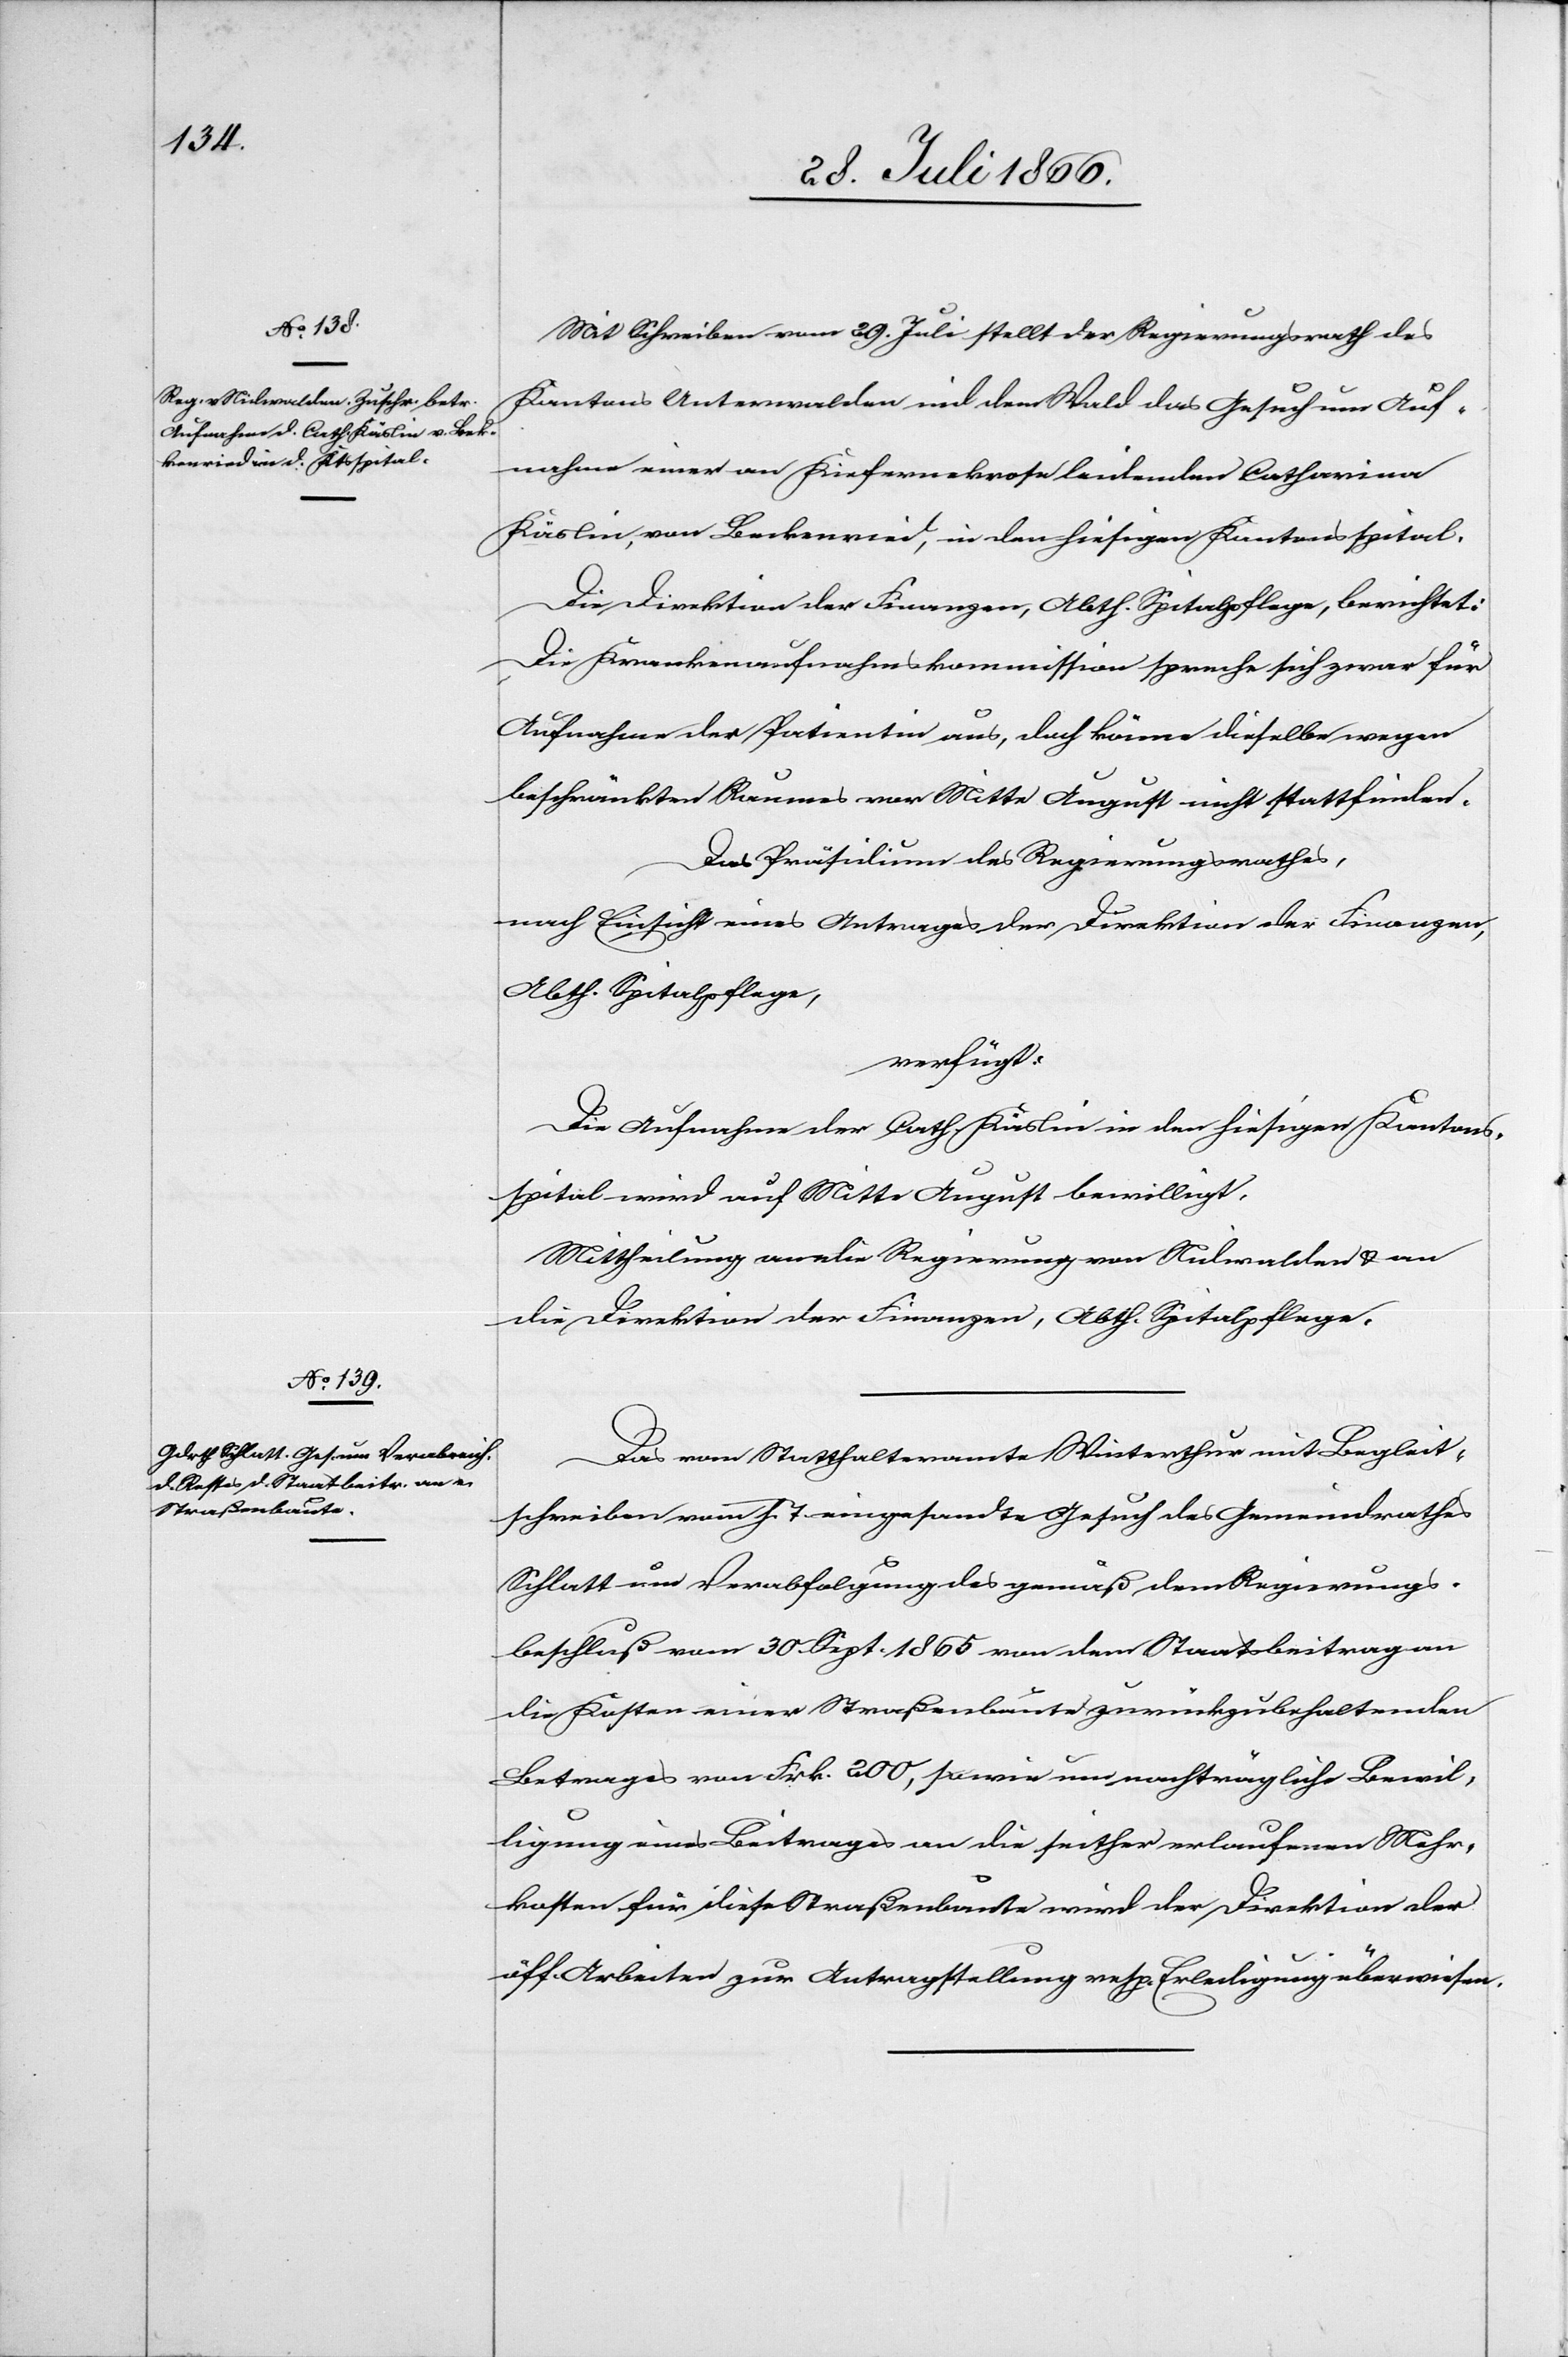
Mit Schreiben vom 29. Juli stellt der Regierungsrath des
Kantons Unterwalden nid dem Wald das Gesuch um Auf¬
nahme einer an Kiefernekrose leidenden Catharina
Küblin, von Beckenried, in den hiesigen Kantonsspital.
Die Direktion der Finanzen, Abth. Spitalpflege, berichtet:
Die Krankenaufnahmekommission spreche sich zwar für
Aufnahme der Patientin aus, doch könne dieselbe wegen
beschränkten Raumes vor Mitte August nicht stattfinden.
Das Präsidium des Regierungsrathes,
nach Einsicht eines Antrages der Direktion der Finanzen,
Abth. Spitalpflege,
verfügt:
Die Aufnahme der Cath. Küblin in den hiesigen Kantons¬
spital wird auf Mitte August bewilligt.
Mittheilung an die Regierung von Nidwalden u. an
die Direktion der Finanzen, Abth. Spitalpflege.
Das vom Statthalteramte Winterthur mit Begleit¬
schreiben von h. T. eingesandte Gesuch des Gemeindrathes
Schlatt um Verabfolgung des gemäß dem Regierungs¬
beschluß vom 30. Sept 1865 von dem Staatsbeitrag an
die Kosten einer Straßenbaute zurückzubehaltenden
Betrages von Frk. 200, sowie um nachträgliche Bewil¬
ligung eines Beitrages an die seither erlaufenen Mehr¬
kosten für diese Straßenbaute wird der Direktion der
öff. Arbeiten zur Antragstellung resp. Erledigung überwiesen.